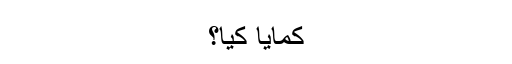
کمایا کیا؟